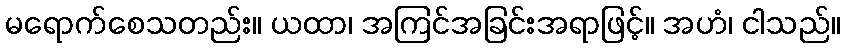
မရောက်စေသတည်း။ ယထာ၊ အကြင်အခြင်းအရာဖြင့်။ အဟံ၊ ငါသည်။